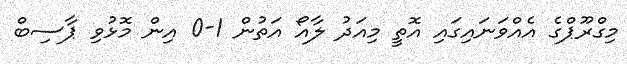
މިގްރޫޕްގެ އެއްވަނައިގައި އޮތީ މިއަދު ލާއޯ އަތުން 1-0 އިން މޮޅުވި ޕާސިބް